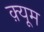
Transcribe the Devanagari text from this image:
क़्यूम